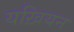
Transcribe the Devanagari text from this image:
यख़ियन